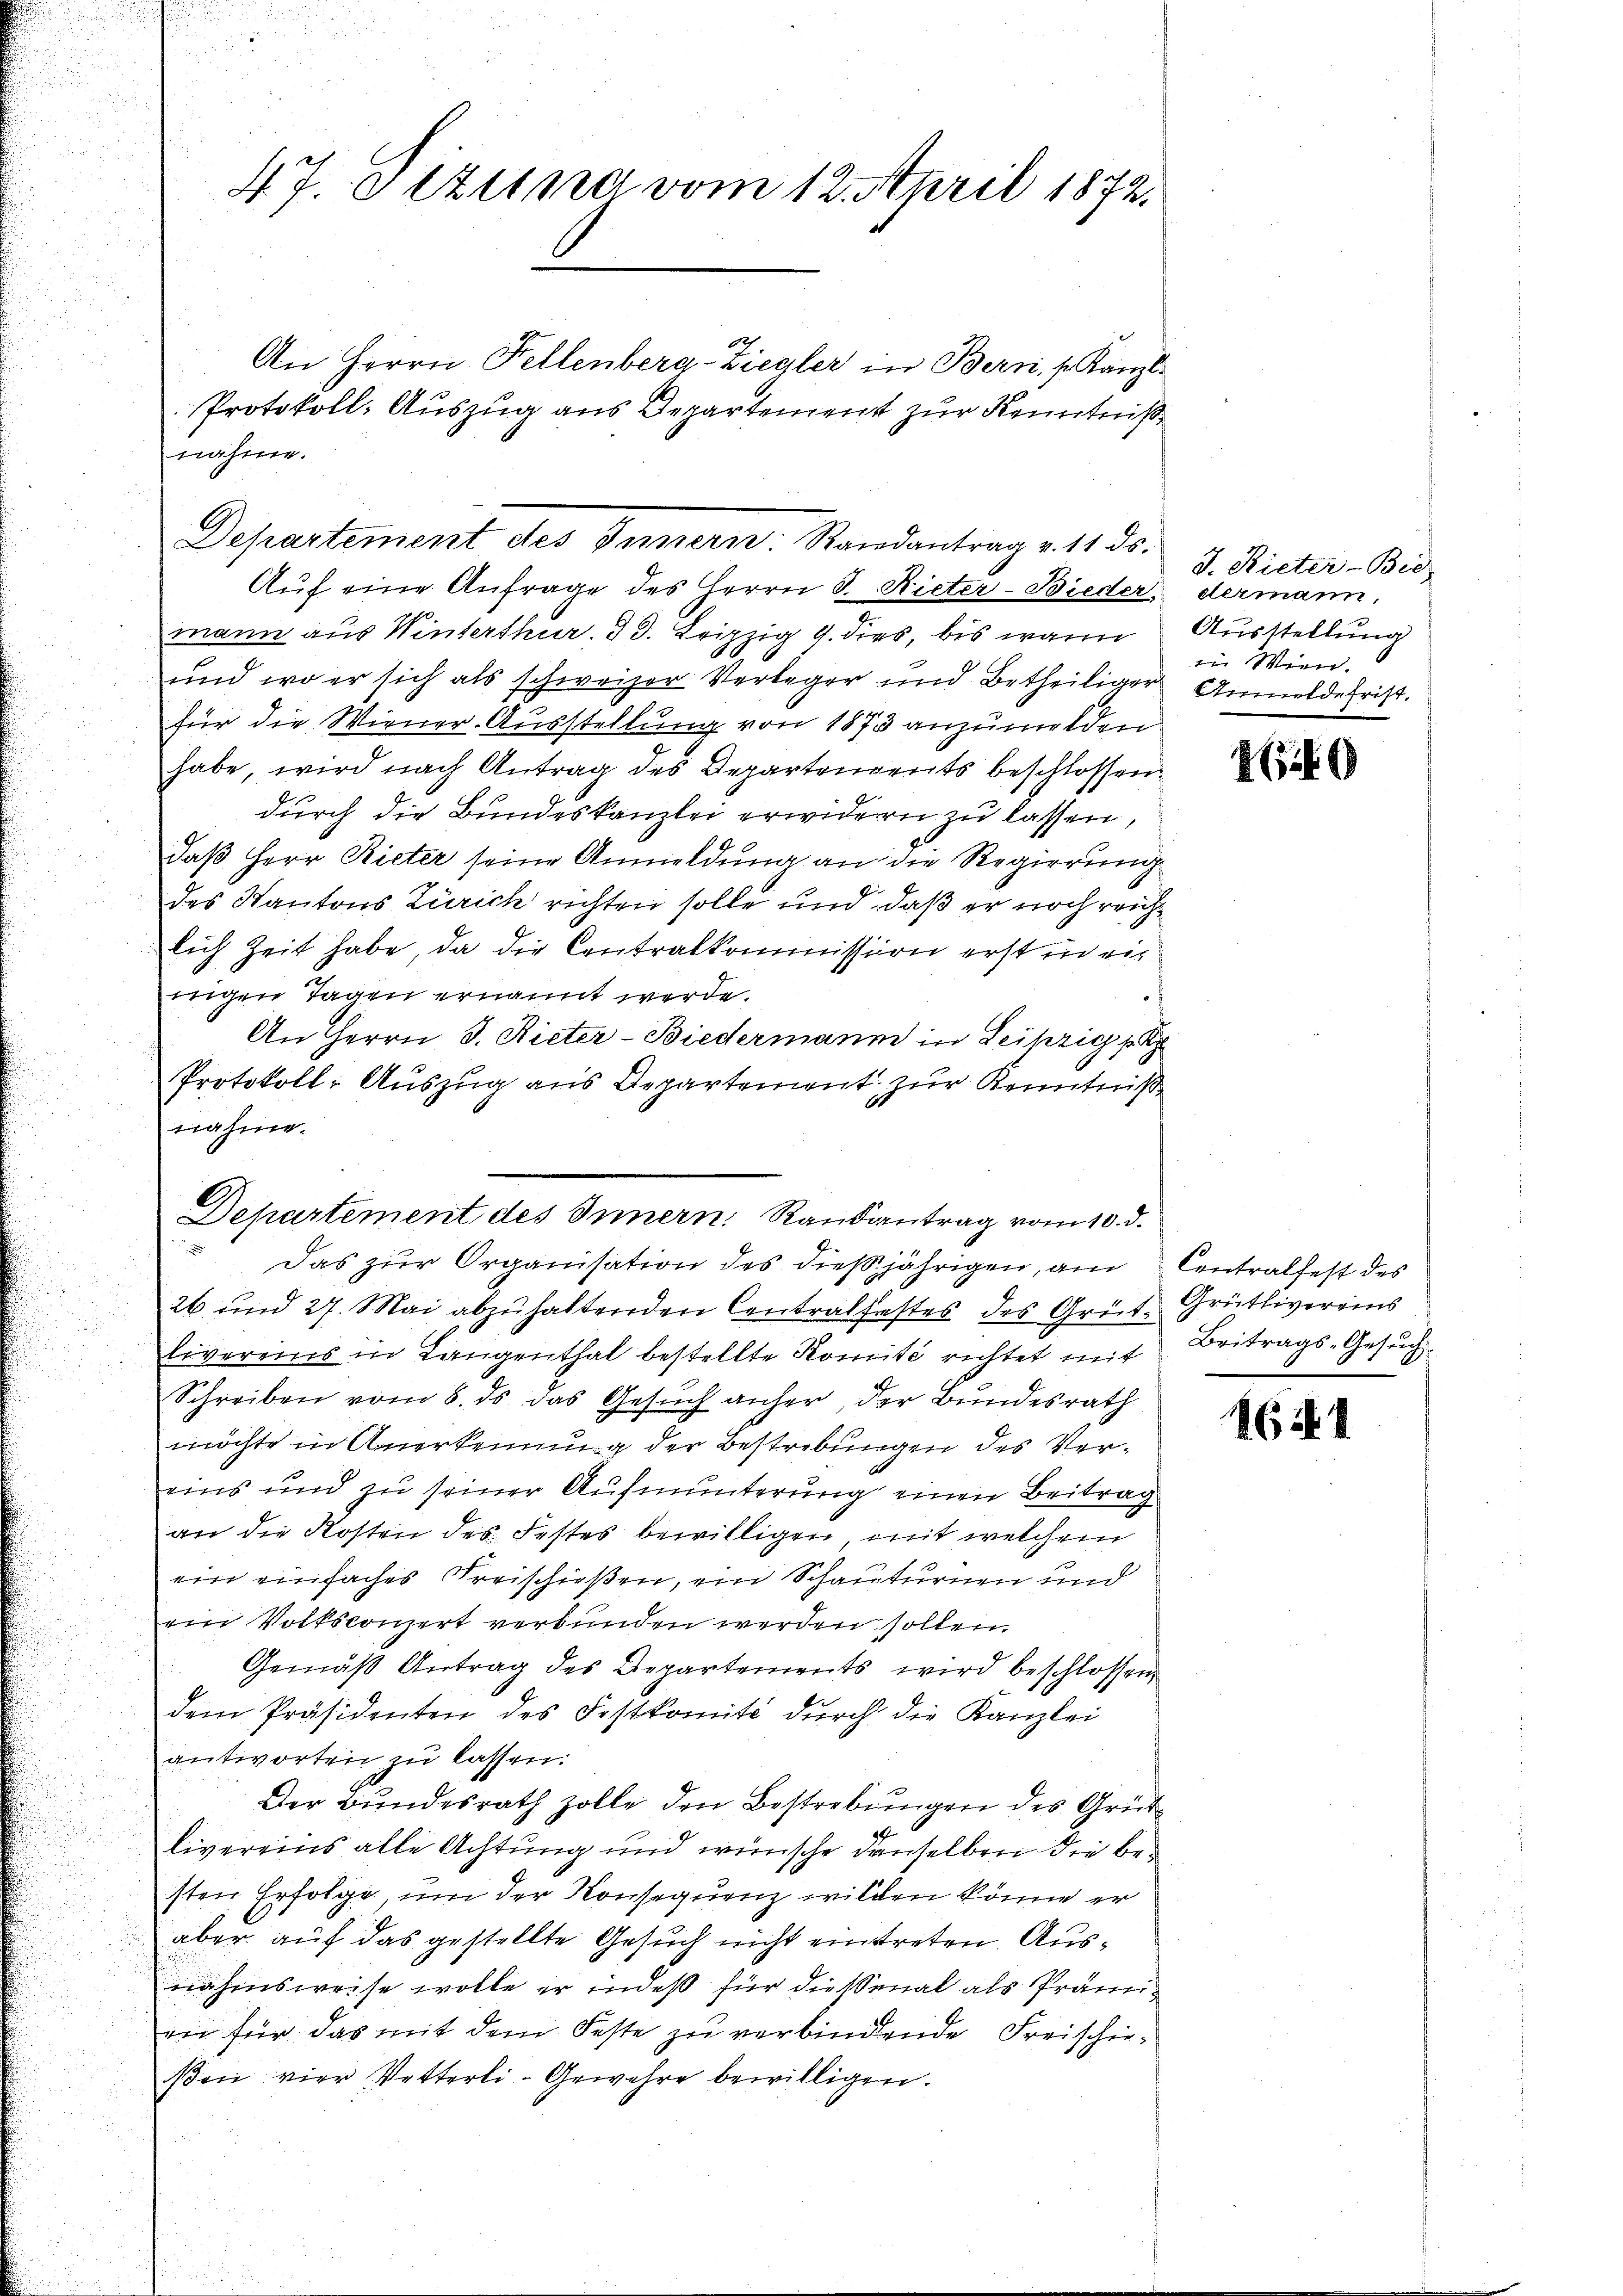
4. 7. Jezung vom 12. April 1872.

nahme.
Departement des Innern. Randantrag v. 11. ds.
Aŭf eine Anfrage des Herrn J. Rieter-Bieder

An Herrn Fellenberg-Ziegler in Bern, s. Kanzl¬
Protokoll- Auszug aus Departement zur Kenntniß

mann aus Winterthur. 33. Leipzig 9. dies, bis wann
und wo er sich als schweizer Verleger und Betheiliger Anmelde frist.
für die Wiener-Ausstellung von 1873 anzumelden
habe, wird nach Antrag des Departendents beschlossen.
durch die Bundeskanzlei erwidern zu lassen,
daß Herr Rieter seine Anmeldung an die Regierung
des Kantons Zürich richten solle und daß er noch reichlich Zeit habe, da die Centralkommission erst in einigen Tagen ernannt werde.
An Herrn J. Rieter-Biedermann in Leipzig se
Protokoll: Auszug aus Departement zur Kenntniß
nahme.
Das zur Organisation des dießjährigen, au
26 und 27. Mai abzŭhaltenden Centralfestes des Grüt Grütlivereins
livereins in Langenthal bestellte Komité richtet mit
Schreiben vom 8. ds das Gesuch anher der Bundesrath
möchte in Anerkennung der Bestrebungen des Vereins und zu seiner Aufmunterung einen Beitrag
an die Kosten des Festes bewilligen, mit welchem
ein einfaches Freischießen, ein Schauturnen und
ein Volkskonzert verbunden werden sollen.
Gemäß Antrag des Departements wird beschlossen,
dem Präsidenten des Festkomite dŭrch die Kanzlei
antworten zu lassen.
Der Bundesrath Zolle den Bestrebungen des Grütlivereins alle Achtung und wünsche denselben die besten Erfolge, um der Konsequenz wilden könne er
aber auf das gestellte Gesuch nicht eintreten. Ausnahmsweise wolle er indeß für diessenal als Prämiin für das mit dem Feste zu verbindende Freischieißon vier Vetterli-Gewehre bewilligen.

Departement des Innern, Randantrag vom 10. d.

J. Rieter-Bie
dermann,
Ausstellung
i Win

40

Contralfest des
Beitrags-Gesuch

1641